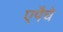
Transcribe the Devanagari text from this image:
एपैचे